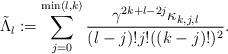
LaTeX: \begin{align*} \tilde\Lambda_l \coloneqq \sum_{j=0}^{\min(l, k)}\frac{\gamma^{2k+l-2j} \kappa_{k,j,l} }{ (l-j)! j!((k-j)!)^2}.\end{align*}